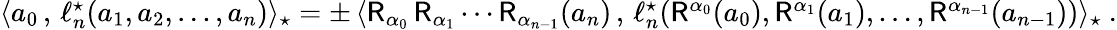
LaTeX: \begin{array}{r}{\langle a_{0}\, ,\, \ell_{n}^{\star}(a_{1},a_{2},\dots,a_{n})\rangle_{\star}=\pm\, \langle\mathsf{R}_{\alpha_{0}}\, \mathsf{R}_{\alpha_{1}}\cdots\mathsf{R}_{\alpha_{n-1}}(a_{n})\, ,\, \ell_{n}^{\star}(\mathsf{R}^{\alpha_{0}}(a_{0}),\mathsf{R}^{\alpha_{1}}(a_{1}),\dots,\mathsf{R}^{\alpha_{n-1}}(a_{n-1}))\rangle_{\star}\ .}\end{array}